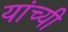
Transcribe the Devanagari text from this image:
यांच्यी